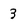
Character: 3